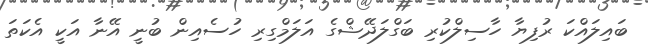
ބައިލައްކަ ރުފިޔާ ހާސިލްކުރި ބަގްލަދޭޝްގެ އަލަމްގިރި ހުސެއިން ބުނީ އޭނާ އަކީ އެކަތަ